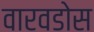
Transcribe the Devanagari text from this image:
वारवडोस